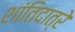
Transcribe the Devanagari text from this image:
शांतिदात्रे